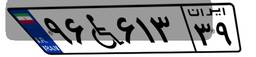
۱۶W۴۴۵۴۴